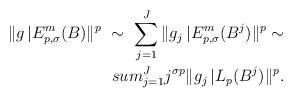
LaTeX: \begin{align*}\Vert g\,|E^m_{p,\sigma}(B)\Vert^p\ \sim\ \sum_{j=1}^J \Vert g_j\,|E^m_{p,\sigma}(B^j)\Vert^p\sim\\sum_{j=1}^J j^{\sigma p}\Vert g_j\,|L_p(B^j)\Vert^p.\end{align*}